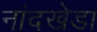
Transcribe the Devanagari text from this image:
नांदखेडा